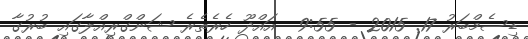
ޑިސެމްބަރު 17